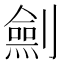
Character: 𠠆